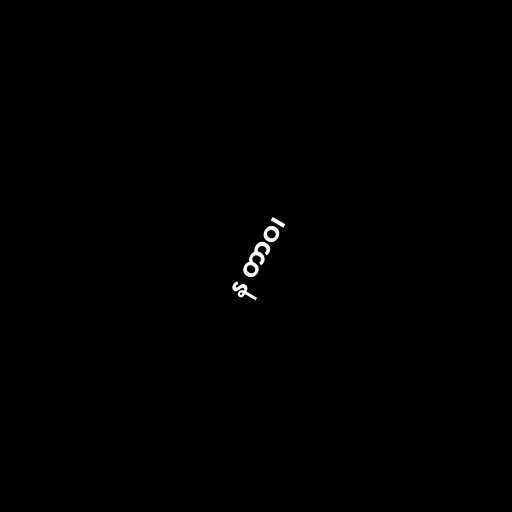
န တာဝ၊